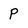
Character: p